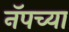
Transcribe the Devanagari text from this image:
नॅपच्या